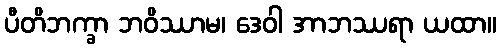
ပီတိဘက္ခာ ဘဝိဿာမ၊ ဒေဝါ အာဘဿရာ ယထာ။